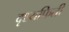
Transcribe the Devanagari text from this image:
दृश्यफिती